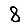
Digit: 8